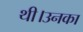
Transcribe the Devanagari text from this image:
थी।उनका